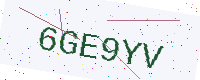
Text: 6GE9YV